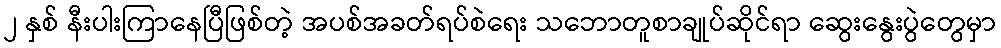
၂ နှစ် နီးပါးကြာနေပြီဖြစ်တဲ့ အပစ်အခတ်ရပ်စဲရေး သဘောတူစာချုပ်ဆိုင်ရာ ဆွေးနွေးပွဲတွေမှာ